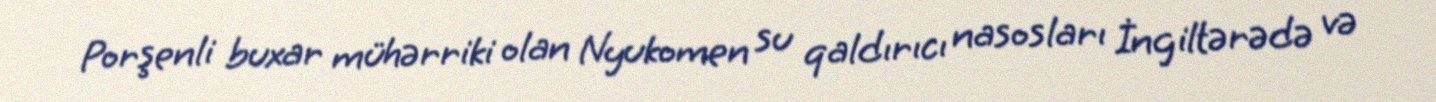
Porşenli buxar mühərriki olan Nyukomen su qaldırıcı nasosları İngiltərədə və